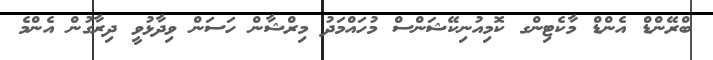
ބްރޭންޑް އެންޑް މާކެޓިންގ ކޮމިއުނިކޭޝަންސް މުހައްމަދު މިރްޝާން ހަސަން ވިދާޅުވީ ދިރާގުން އެންމެ